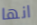
انها